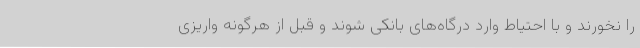
را نخورند و با احتیاط وارد درگاه‌های بانکی شوند و قبل از هرگونه واریزی